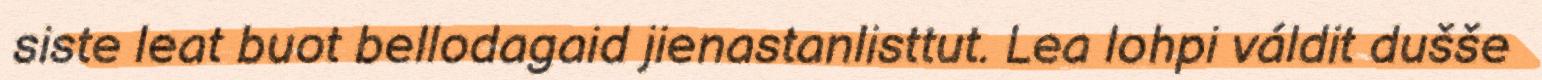
siste leat buot bellodagaid jienastanlisttut. Lea lohpi váldit dušše